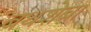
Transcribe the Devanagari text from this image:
बथशेबा